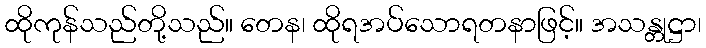
ထိုကုန်သည်တို့သည်။ တေန၊ ထိုရအပ်သောရတနာဖြင့်။ အသန္တုဋ္ဌာ၊